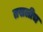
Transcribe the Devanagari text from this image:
तसलीच